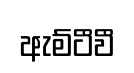
ඇම්ටීවී